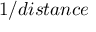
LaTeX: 1 / d i s t a n c e